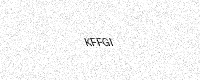
Text: KFFGI